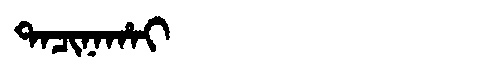
Manchu: ᡨᠠᠴᡳᠨᠠᡥᠠᡳ
Romanization: TACINAHAI